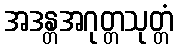
အဒန္တအဂုတ္တသုတ္တံ